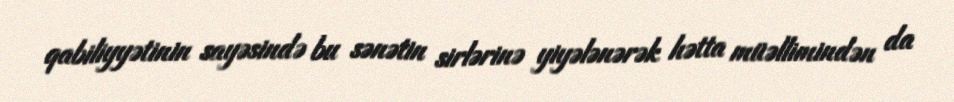
qabiliyyətinin sayəsində bu sənətin sirlərinə yiyələnərək hətta müəllimindən da